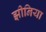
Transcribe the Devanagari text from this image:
झीनिया